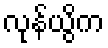
လုန်ယွိက